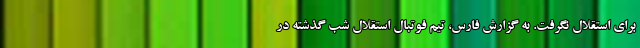
برای استقلال نگرفت. به گزارش فارس، تیم فوتبال استقلال شب گذشته در